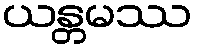
ယန္တမဿ